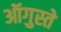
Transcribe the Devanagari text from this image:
ऑगुस्ते